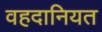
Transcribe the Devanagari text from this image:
वहदानियत